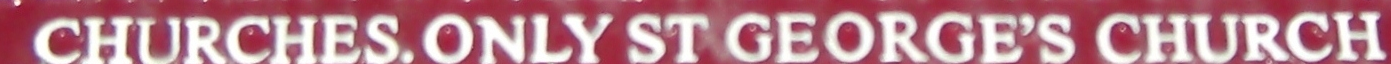
CHURCHES. ONLY ST GEORGE'S CHURCH